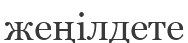
жеңілдете